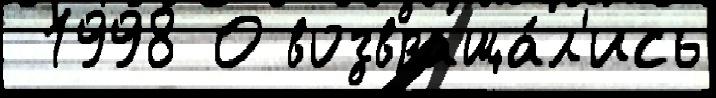
 1998 О возвраща́л'ись